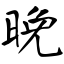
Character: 晚